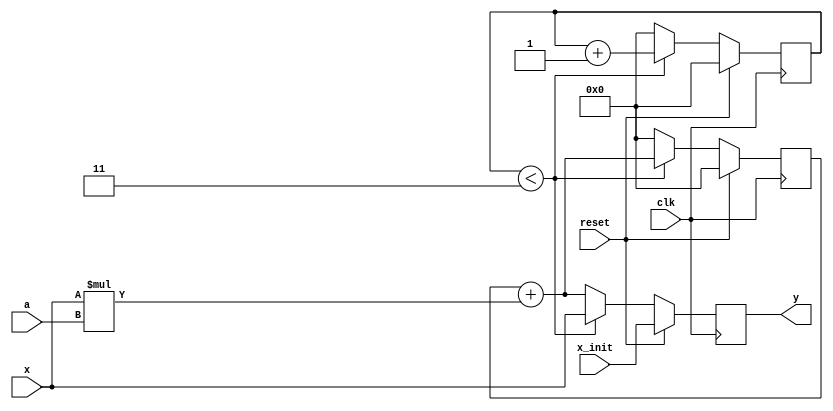
`timescale 1ns / 1ps
//////////////////////////////////////////////////////////////////////////////////
// Company: 
// Engineer: 
// 
// Design Name: 
// Module Name: proc
// Project Name: 
// Target Devices: 
// Tool Versions: 
// Description: 
// 
// Dependencies: 
// 
// Revision:
// Revision 0.01 - File Created
// Additional Comments:
// 
//////////////////////////////////////////////////////////////////////////////////


module proc(
    input [15:0] x,
    input [15:0] x_init,
    input [15:0] a,
    input reset,
    input clk,
    output[15:0] y
    );
    reg [15:0] cuenta;
    reg [15:0] suma;
    reg [15:0]ym;
    
    assign y = ym;
    always @ (posedge clk )
    begin
        if (reset == 1'b1)			
            cuenta <= 16'h0000;
        else
		begin
        if (cuenta < 16'h0003)
             cuenta <= cuenta + 16'h0001;
        else
        	cuenta <= 16'h0000; 
		end         
	end
	
    
    always @(posedge clk )
    begin
        if (reset == 1'b1)
        	begin
             ym <= x_init;
             suma <= 16'h0000;
        	end
		else
        begin   
        	if (cuenta < 16'h0003)
        		begin
             	ym <= x;
            	 suma <= suma + x * a;
        		end
       	 else
        		begin
            	ym <= suma + x * a;
             	suma <= 16'h0000; 
        		end
         end
     end
    
    
endmodule